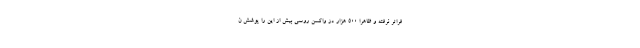
فراتر نرفته و ظاهراً 500 هزار دُز واکسن روسی بیش از این را پوشش ن